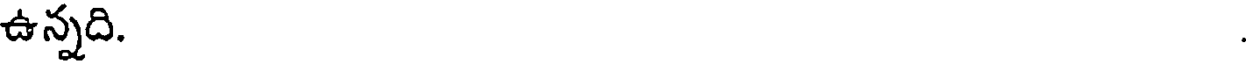
ఉన్నది.